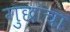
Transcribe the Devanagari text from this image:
गुछांचा